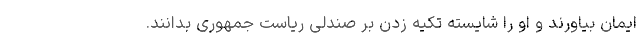
ایمان بیاورند و او را شایسته تکیه زدن بر صندلی ریاست جمهوری بدانند.